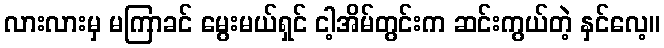
လားလားမှ မကြာခင် မွေးမယ်ရှင် ငါ့အိမ်တွင်းက ဆင်းကွယ်တဲ့ နှင်လေ့။